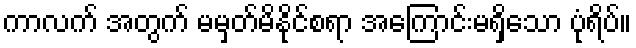
ကာလက် အတွက် မမှတ်မိနိုင်စရာ အကြောင်းမရှိသော ပုံရိပ်။